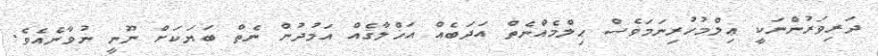
ދަރިވަރުންނަކީ ޢިލްމުހުރިނަމަވެސް ޙިލްމެއްނެތް އަދަބެއް އަޚްލާޤެއް އަމުދުން ނެތް ބަޔަކަށް ނޫނީ ނުވާނެއެވެ.